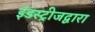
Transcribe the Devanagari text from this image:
इंडस्ट्रीजद्वारा